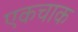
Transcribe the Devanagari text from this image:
एकचाक